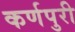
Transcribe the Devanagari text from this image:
कर्णपुरी